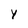
Character: y